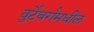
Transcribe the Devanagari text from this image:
वुर्टेंबर्गमधील